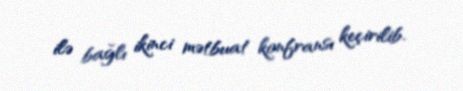
ilə bağlı ikinci mətbuat konfransı keçirilib.